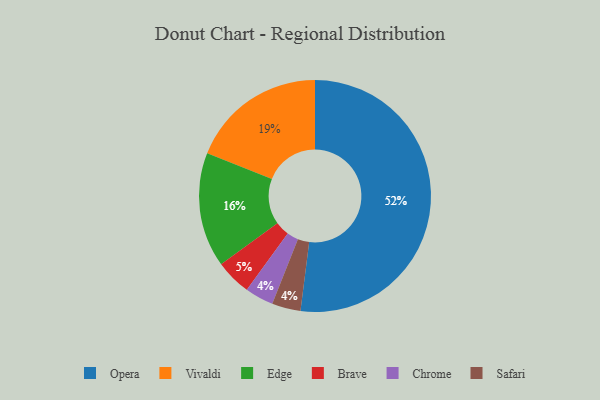
{"axis": {"x": "Category", "y": "Percentage"}, "legend": ["Brave", "Chrome", "Edge", "Opera", "Safari", "Vivaldi"], "data": [{"x": "Opera", "y": 52, "type": "Opera"}, {"x": "Chrome", "y": 4, "type": "Chrome"}, {"x": "Edge", "y": 16, "type": "Edge"}, {"x": "Vivaldi", "y": 19, "type": "Vivaldi"}, {"x": "Safari", "y": 4, "type": "Safari"}, {"x": "Brave", "y": 5, "type": "Brave"}]}